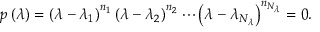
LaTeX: p \left( \lambda \right) = \left( \lambda - \lambda _ { 1 } \right) ^ { n _ { 1 } } \left( \lambda - \lambda _ { 2 } \right) ^ { n _ { 2 } } \cdots \left( \lambda - \lambda _ { N _ { \lambda } } \right) ^ { n _ { N _ { \lambda } } } = 0 .